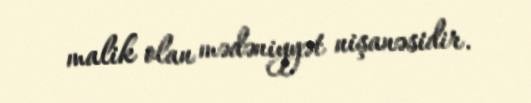
malik olan mədəniyyət nişanəsidir.